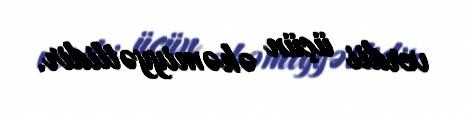
verdii üçün əhəmiyyətlidir.